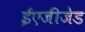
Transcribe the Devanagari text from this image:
ईएजीजेड